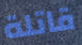
قاتلة